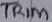
Text: TRIM